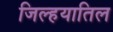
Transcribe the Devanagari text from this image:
जिल्हयातिल